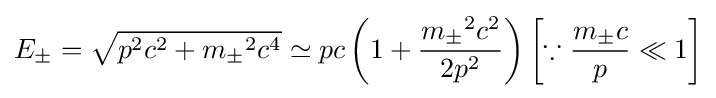
E_{\pm }={\sqrt {p^{2}c^{2}+{m_{\pm }}^{2}c^{4}}}\simeq pc\left(1+{\frac {{m_{\pm }}^{2}c^{2}}{2p^{2}}}\right)\left[\because {\frac {m_{\pm }c}{p}}\ll 1\right]